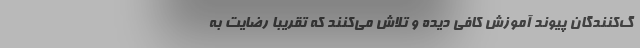
گ‌کنندگان پیوند آموزش کافی دیده و تلاش می‌کنند که تقریبا رضایت به